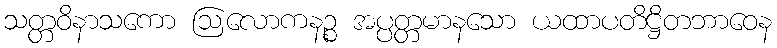
သတ္တဝိနာသကော ဩလောကနဉ္စ အပ္ပတ္တမာနသော ယထာပတိဋ္ဌိတဘာဝေန